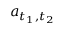
a _ { t _ { 1 } , t _ { 2 } }